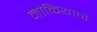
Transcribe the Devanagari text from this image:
नोकियाने